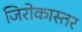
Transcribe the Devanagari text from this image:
जिरोकास्तर